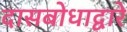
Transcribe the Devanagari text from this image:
दासबोधाद्वारे